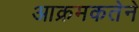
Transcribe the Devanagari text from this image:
आक्रमकतेने